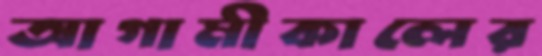
আগামীকালের